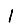
Digit: 1